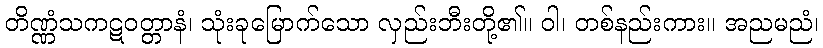
တိဏ္ဏံသကဋဝတ္တာနံ၊ သုံးခုမြောက်သော လှည်းဘီးတို့၏။ ဝါ၊ တစ်နည်းကား။ အညမညံ၊